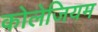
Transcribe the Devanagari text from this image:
कोलेजियम